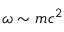
\omega \sim m c ^ { 2 }